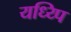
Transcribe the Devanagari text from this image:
यध्य्पि